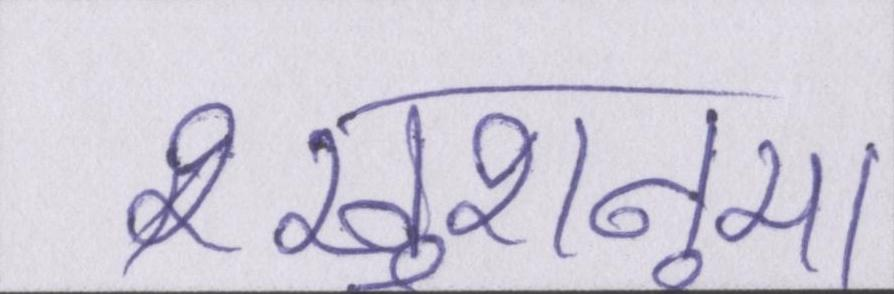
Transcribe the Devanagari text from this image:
खुशनुमा